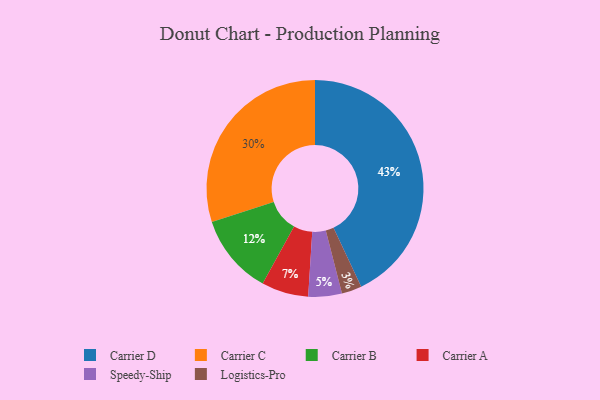
{"axis": {"x": "Category", "y": "Percentage"}, "legend": ["Carrier A", "Carrier B", "Carrier C", "Carrier D", "Logistics-Pro", "Speedy-Ship"], "data": [{"x": "Speedy-Ship", "y": 5, "type": "Speedy-Ship"}, {"x": "Logistics-Pro", "y": 3, "type": "Logistics-Pro"}, {"x": "Carrier B", "y": 12, "type": "Carrier B"}, {"x": "Carrier A", "y": 7, "type": "Carrier A"}, {"x": "Carrier C", "y": 30, "type": "Carrier C"}, {"x": "Carrier D", "y": 43, "type": "Carrier D"}]}